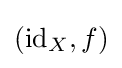
(\operatorname {id} _{X},f)